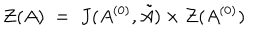
{ \cal Z } ( A ) \; = \; J ( A ^ { ( 0 ) } , { \tilde { A } } ) \times { \cal Z } ( A ^ { ( 0 ) } )